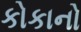
કોકાનો